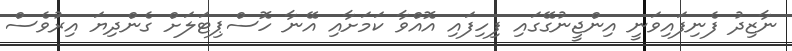
ނާޒިދު ފެނިފައިވަނީ އިންޖީނުގޭގައި ފިހިފައި އޮއްވާ ކަމަށާއި އޭނާ ހޮސްޕިޓަލަށް ގެންދިޔަ އިރުވެސް